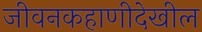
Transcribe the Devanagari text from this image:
जीवनकहाणीदेखील